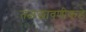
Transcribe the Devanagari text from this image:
तळछावणीकडे